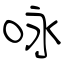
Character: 咏